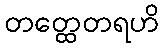
တတ္ထေတရဟိ